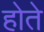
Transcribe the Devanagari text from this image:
होते